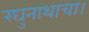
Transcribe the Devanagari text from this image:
रघुनाथाचा।